Annual vaccination report of Bihar and Orissa - 1911-1928
Year: 1911
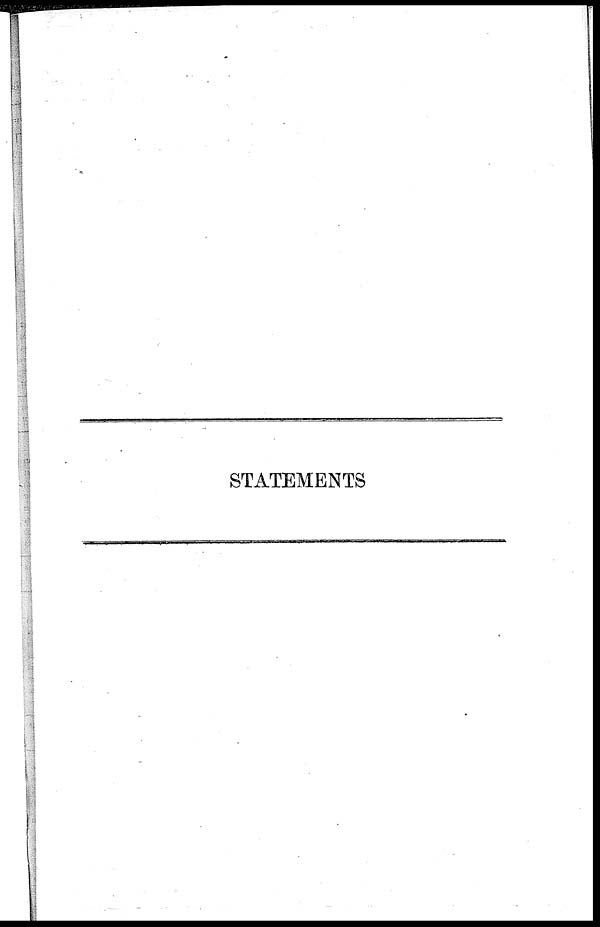
STATEMENTS